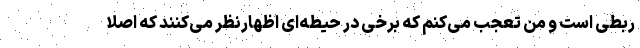
ربطی است و من تعجب می‌کنم که برخی در حیطه‌ای اظهارنظر می‌کنند که اصلاً